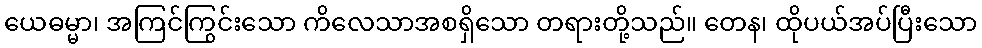
ယေဓမ္မာ၊ အကြင်ကြွင်းသော ကိလေသာအစရှိသော တရားတို့သည်။ တေန၊ ထိုပယ်အပ်ပြီးသော